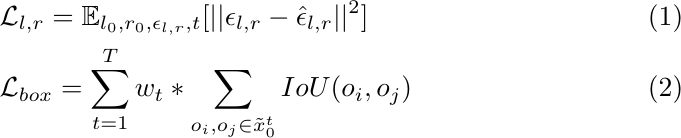
\begin{align}
\setlength{\abovedisplayskip}{-5pt}
\setlength{\belowdisplayskip}{-5pt}
    &\mathcal{L}_{l,r}=\mathbb{E}_{l_0,r_0,\epsilon_{l,r},t}[||\epsilon_{l,r}-\hat{\epsilon}_{l,r}||^2]\\
    &\mathcal{L}_{box}=\sum\limits_{t=1}\limits^{T}w_t*\sum\limits_{o_i,o_j\in\tilde{x}^t_0}IoU(o_i,o_j)
\end{align}